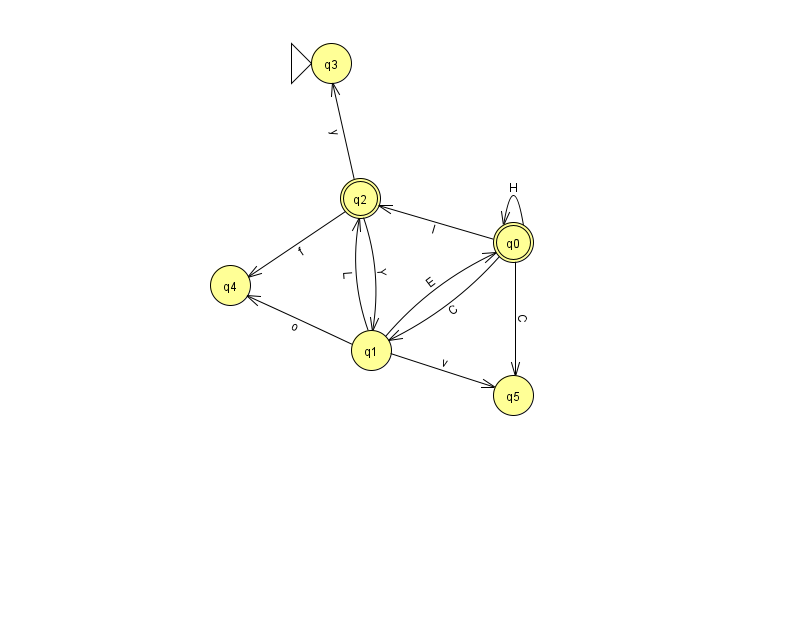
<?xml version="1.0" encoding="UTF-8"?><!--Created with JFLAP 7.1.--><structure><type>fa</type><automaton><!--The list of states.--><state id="0" name="q0"><x>513.0</x><y>229.0</y><final/></state><state id="1" name="q1"><x>371.0</x><y>337.0</y></state><state id="2" name="q2"><x>360.0</x><y>185.0</y><final/></state><state id="3" name="q3"><x>331.0</x><y>50.0</y><initial/></state><state id="4" name="q4"><x>230.0</x><y>272.0</y></state><state id="5" name="q5"><x>513.0</x><y>382.0</y></state><!--The list of transitions.--><transition><from>0</from><to>5</to><read>C</read></transition><transition><from>2</from><to>1</to><read>Y</read></transition><transition><from>1</from><to>2</to><read>L</read></transition><transition><from>0</from><to>0</to><read>H</read></transition><transition><from>2</from><to>3</to><read>y</read></transition><transition><from>0</from><to>1</to><read>C</read></transition><transition><from>0</from><to>2</to><read>I</read></transition><transition><from>2</from><to>4</to><read>f</read></transition><transition><from>1</from><to>0</to><read>E</read></transition><transition><from>1</from><to>5</to><read>v</read></transition><transition><from>1</from><to>4</to><read>o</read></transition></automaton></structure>